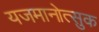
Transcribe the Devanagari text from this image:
यजमानोत्सुक